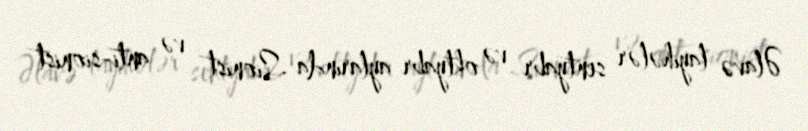
Əlavə layihələr sentyabr və oktyabr aylarında Sionist və anti-sionist